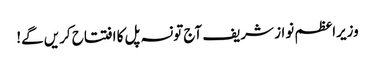
وزیراعظم نواز شریف آج تونسہ پل کا افتتاح کریں گے!